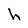
Character: h